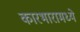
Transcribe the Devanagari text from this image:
कारभारामध्ये